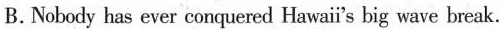
B.Nobody has ever conquered Hawai's big wave break.